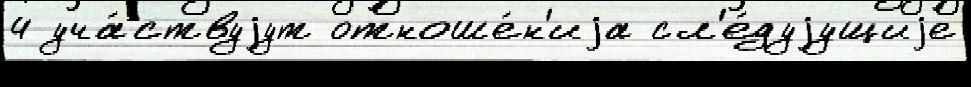
4 уча́ствуjут отноше́н'иjа сл'е́дуjущиjе